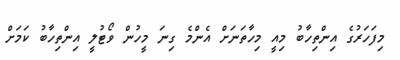
މިފަހަރުގެ އިންތިހާބު މިއީ މިހާތަނަށް އެންމެ ގިނަ މީހުން ވޯޓުލީ އިންތިހާބު ކަމަށް